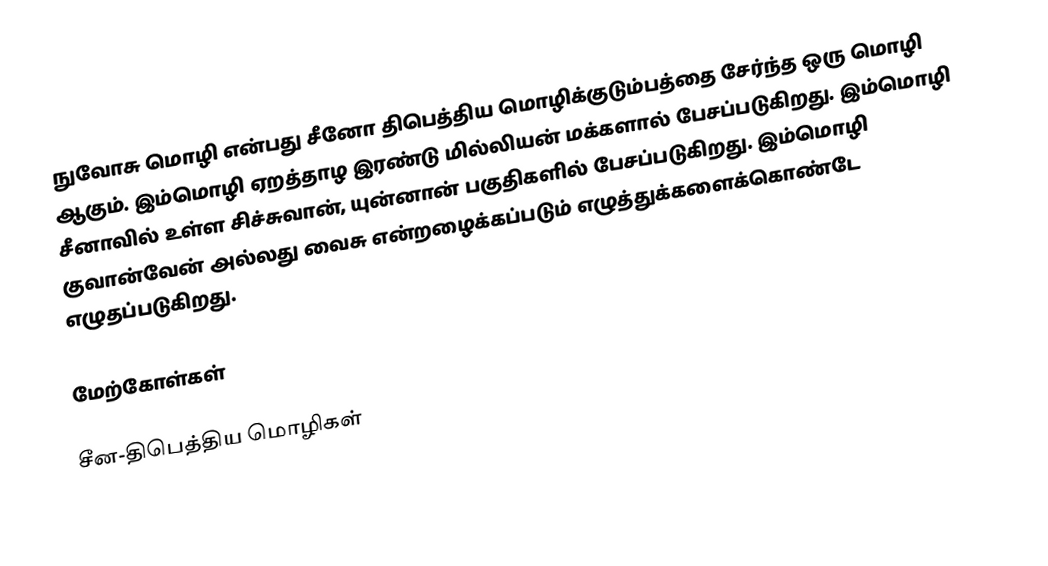
நுவோசு மொழி என்பது சீனோ திபெத்திய மொழிக்குடும்பத்தை சேர்ந்த ஒரு மொழி ஆகும். இம்மொழி ஏறத்தாழ இரண்டு மில்லியன் மக்களால் பேசப்படுகிறது. இம்மொழி சீனாவில் உள்ள சிச்சுவான், யுன்னான் பகுதிகளில் பேசப்படுகிறது. இம்மொழி குவான்வேன் அல்லது வைசு என்றழைக்கப்படும் எழுத்துக்களைக்கொண்டே எழுதப்படுகிறது.

மேற்கோள்கள்

சீன-திபெத்திய மொழிகள்